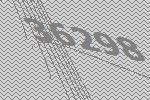
36298